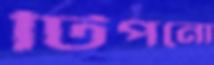
টিপনো